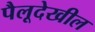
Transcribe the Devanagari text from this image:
पैलूदेखील